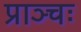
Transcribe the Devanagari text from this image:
प्राञ्चः